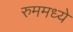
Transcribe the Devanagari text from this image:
रुममध्ये